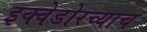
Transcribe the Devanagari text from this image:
इक्वेडोरच्याच